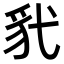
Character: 𫎊